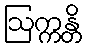
ဩက္ကန္တိ